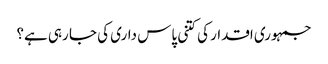
جمہوری اقدار کی کتنی پاس داری کی جا رہی ہے؟